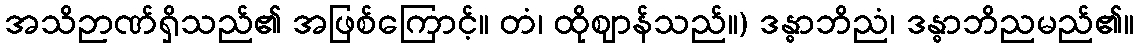
အသိဉာဏ်ရှိသည်၏ အဖြစ်ကြောင့်။ တံ၊ ထိုဈာန်သည်။) ဒန္ဓာဘိညံ၊ ဒန္ဓာဘိညမည်၏။